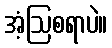
အံ့ဩစရာပဲ။